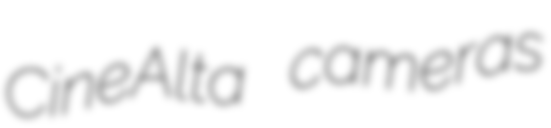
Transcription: CineAlta cameras